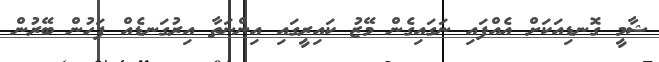
ޝާމީ ގޮނޑިއަކަށް އެއްފައި ނަގައިގެން މޭޒު ކައިރީގައި އިންނަތާ އިރުގަނޑެއް ފަހުން ބޭރުން